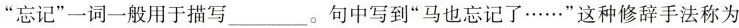
”忘记”一词一般用于描写___。句中写到”马也忘记了……”这种修辞手法称为